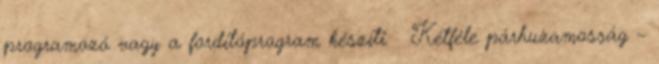
programozó vagy a fordítóprogram készíti ● Kétféle párhuzamosság –